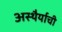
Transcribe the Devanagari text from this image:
अस्थैर्याची